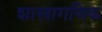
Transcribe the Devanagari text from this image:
शाखागणिक